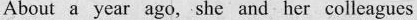
About a year ago, she and her colleagues